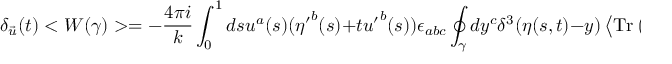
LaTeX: \delta _ { \vec { u } } ( t ) < W ( \gamma ) > = - { \frac { 4 \pi i } { k } } \int _ { 0 } ^ { 1 } d s u ^ { a } ( s ) ( { \eta ^ { \prime } } ^ { b } ( s ) + t { u ^ { \prime } } ^ { b } ( s ) ) \epsilon _ { a b c } \oint _ { \gamma } d y ^ { c } \delta ^ { 3 } ( \eta ( s , t ) - y ) \left< \mathrm { T r } \left( \tau ^ { l } H ( \eta ( t ) _ { x } ^ { o } ) H ( \gamma _ { o } ^ { y } ) \tau ^ { l } H ( \gamma _ { y } ^ { o } ) H ( \eta ( t ) _ { o } ^ { x } ) \right) \right> .